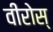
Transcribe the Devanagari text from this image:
वीरोस्